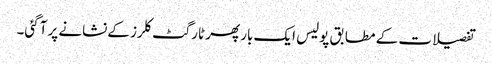
تفصیلات کے مطابق پولیس ایک بار پھر ٹارگٹ کلرز کےنشانے پر آگئی۔